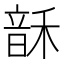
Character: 𬰻